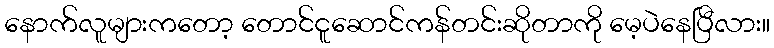
နောက်လူများကတော့ တောင်ငူဆောင်ကန်တင်းဆိုတာကို မေ့ပဲနေပြီလား။